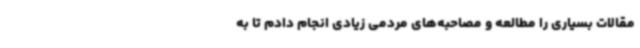
مقالات بسیاری را مطالعه و مصاحبه‌های مردمی زیادی انجام دادم تا به